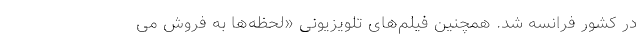
در کشور فرانسه شد. همچنین فیلم‌های تلویزیونی «لحظه‌ها به فروش می‌